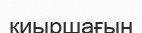
қиыршағын